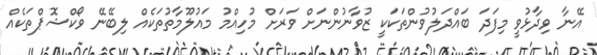
އޭނާ ވިދާޅުވީ މިފަދަ ބައްދަލުވުންތަކަކީ ޒުވާނުންނަށް ވަރަށް މުހިއްމު މައުލޫމާތުތަކެއް ލިބޭނޭ ވޯކްޝޮޕްތަކެއް